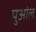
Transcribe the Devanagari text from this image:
पुआंल